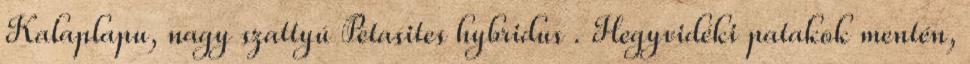
Kalaplapu, nagy szattyú Petasites hybridus . Hegyvidéki patakok mentén,